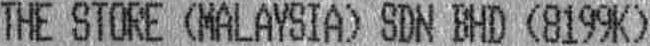
THE STORE (MALAYSIA) SDN BHD (8199K)